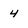
Character: 4